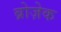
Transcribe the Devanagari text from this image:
ब्रोज़ेक